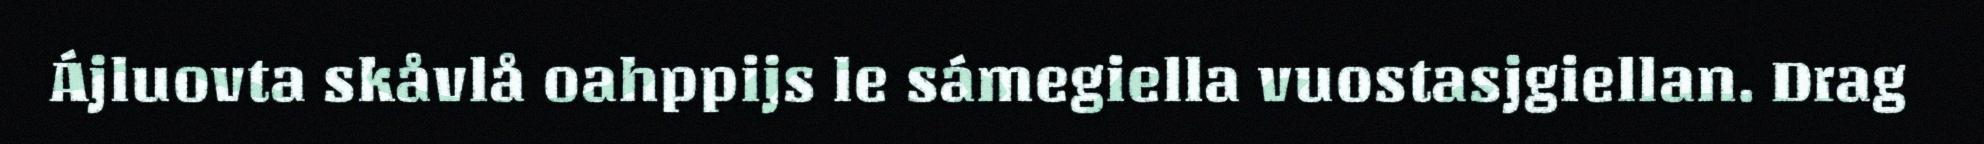
Ájluovta skåvlå oahppijs le sámegiella vuostasjgiellan. Drag